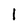
Character: I